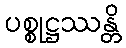
ပစ္စုဋ္ဌဿန္တိ